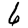
Digit: 6